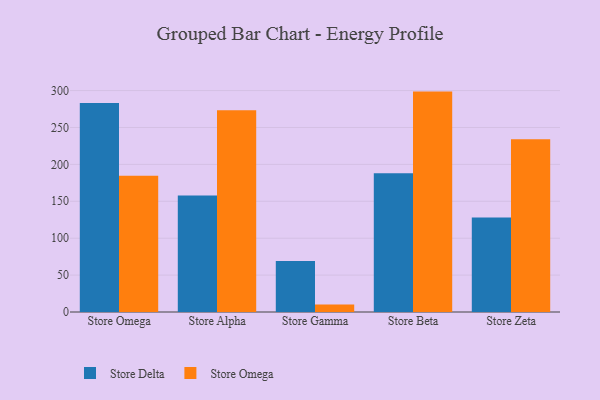
{"axis": {"x": "Store", "y": "Budget (USD K)"}, "legend": ["Store Delta", "Store Omega"], "data": [{"x": "Store Omega", "y": 283.0, "type": "Store Delta"}, {"x": "Store Omega", "y": 184.5, "type": "Store Omega"}, {"x": "Store Alpha", "y": 157.8, "type": "Store Delta"}, {"x": "Store Alpha", "y": 273.2, "type": "Store Omega"}, {"x": "Store Gamma", "y": 69.2, "type": "Store Delta"}, {"x": "Store Gamma", "y": 10.3, "type": "Store Omega"}, {"x": "Store Beta", "y": 188.0, "type": "Store Delta"}, {"x": "Store Beta", "y": 298.6, "type": "Store Omega"}, {"x": "Store Zeta", "y": 128.0, "type": "Store Delta"}, {"x": "Store Zeta", "y": 234.2, "type": "Store Omega"}]}